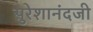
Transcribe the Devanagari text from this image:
सुरेशानंदजी